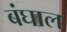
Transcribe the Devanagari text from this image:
बंघाल